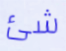
شئ